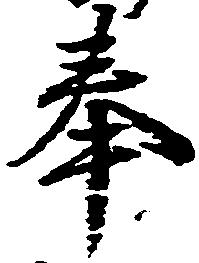
奉